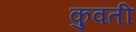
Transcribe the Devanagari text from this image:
कुवती